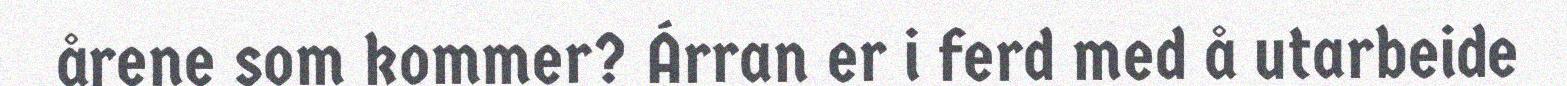
årene som kommer? Árran er i ferd med å utarbeide